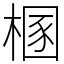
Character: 㮯